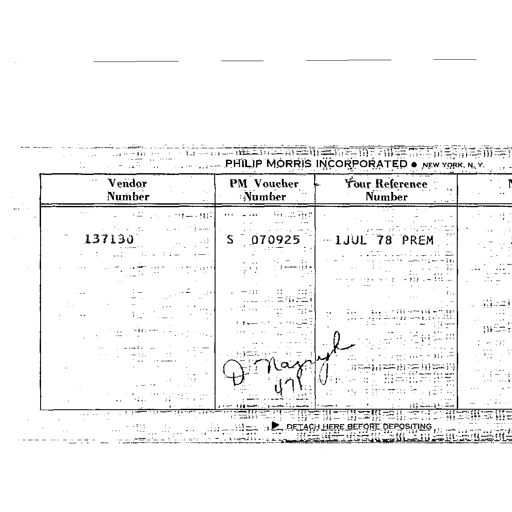
PHILIP MORRIS INCORPORATED • NEW YORK, N. Y.
Vendor Number PM Voucher Number Your Reference Number
137130 S 070925 1JUL 78 PREM
D Nagyk
471
► DETACH HERE BEFORE DEPOSITING